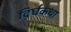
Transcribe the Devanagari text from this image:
दिर्घकथा